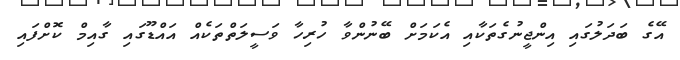
އޭގެ ބަދަލުގައި އިންޖީނުގެތަކާއި އެކަމަށް ބޭނުންވާ ހުރިހާ ވަސީލަތްތަކެއް އައްޑޫގައި ގާއިމް ކޮށްފައި